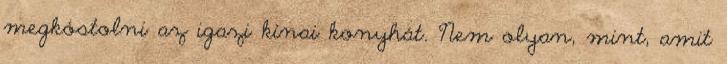
megkóstolni az igazi kínai konyhát. Nem olyan, mint, amit